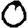
Digit: 0